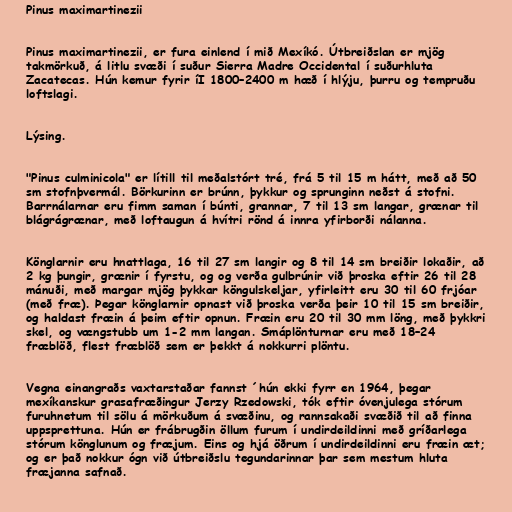
Pinus maximartinezii

Pinus maximartinezii, er fura einlend í mið Mexíkó. Útbreiðslan er mjög
takmörkuð, á litlu svæði í suður Sierra Madre Occidental í suðurhluta
Zacatecas. Hún kemur fyrir íI 1800–2400 m hæð í hlýju, þurru og tempruðu
loftslagi.

Lýsing.

"Pinus culminicola" er lítill til meðalstórt tré, frá 5 til 15 m hátt, með að 50
sm stofnþvermál. Börkurinn er brúnn, þykkur og sprunginn neðst á stofni.
Barrnálarnar eru fimm saman í búnti, grannar, 7 til 13 sm langar, grænar til
blágrágrænar, með loftaugun á hvítri rönd á innra yfirborði nálanna.

Könglarnir eru hnattlaga, 16 til 27 sm langir og 8 til 14 sm breiðir lokaðir, að
2 kg þungir, grænir í fyrstu, og og verða gulbrúnir við þroska eftir 26 til 28
mánuði, með margar mjög þykkar köngulskeljar, yfirleitt eru 30 til 60 frjóar
(með fræ). Þegar könglarnir opnast við þroska verða þeir 10 til 15 sm breiðir,
og haldast fræin á þeim eftir opnun. Fræin eru 20 til 30 mm löng, með þykkri
skel, og vængstubb um 1-2 mm langan. Smáplönturnar eru með 18–24
fræblöð, flest fræblöð sem er þekkt á nokkurri plöntu.

Vegna einangraðs vaxtarstaðar fannst ´hún ekki fyrr en 1964, þegar
mexíkanskur grasafræðingur Jerzy Rzedowski, tók eftir óvenjulega stórum
furuhnetum til sölu á mörkuðum á svæðinu, og rannsakaði svæðið til að finna
uppsprettuna. Hún er frábrugðin öllum furum í undirdeildinni með gríðarlega
stórum könglunum og fræjum. Eins og hjá öðrum í undirdeildinni eru fræin æt;
og er það nokkur ógn við útbreiðslu tegundarinnar þar sem mestum hluta
fræjanna safnað.